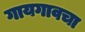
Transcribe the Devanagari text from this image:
गायगावचा